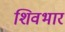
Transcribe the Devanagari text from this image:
शिवभार